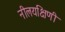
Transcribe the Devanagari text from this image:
नीलयक्षिणी